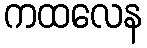
ကထလေန